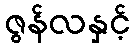
ဇွန်လနှင့်